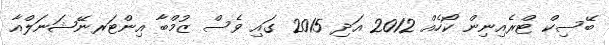
ބޭސިކް ޓްރެއިނިން ކޯހެއް 2012 އަދި 2015 ގައި ވެސް ޒުމްބާ އިންޓަރނޭޝަނަލްއާ